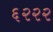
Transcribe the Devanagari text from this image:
६२२२